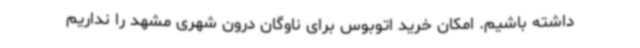
داشته باشیم. امکان خرید اتوبوس برای ناوگان درون شهری مشهد را نداریم